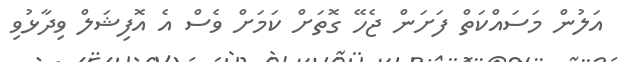
އަލުން މަސައްކަތް ފަށަން ޖެހޭ ގޮތަށް ކަމަށް ވެސް އެ އޮފިޝަލް ވިދާޅުވި